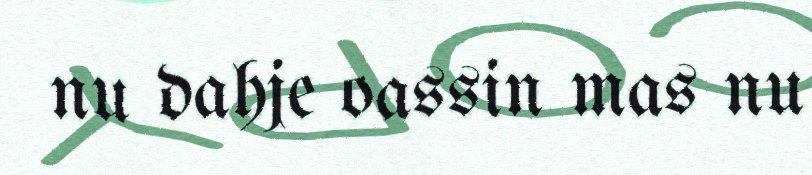
nu dahje oassin mas nu